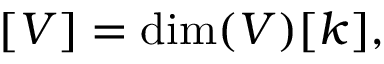
[ V ] = \dim ( V ) [ k ] ,